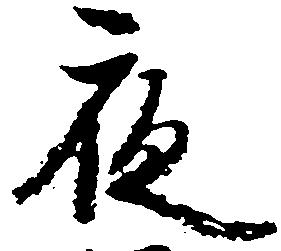
夜